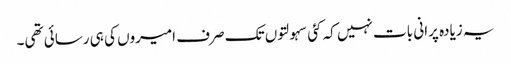
یہ زیادہ پرانی بات نہیں کہ کئی سہولتوں تک صرف امیروں کی ہی رسائی تھی۔